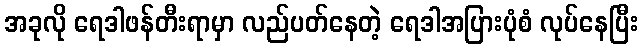
အခုလို ရေဒါဖန်တီးရာမှာ လည်ပတ်နေတဲ့ ရေဒါအပြားပုံစံ လုပ်နေပြီး